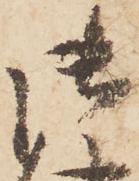
御